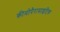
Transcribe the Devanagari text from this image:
कीमोपैरासाइटिक